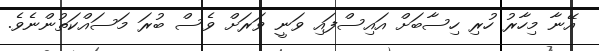
އޭނާ މިހާރު ހުރި ހިސާބަށް އައިސްފައި ވަނީ ވަރަށް ވެސް ބުރަ މަސައްކަތުންނެވެ.